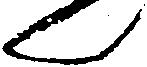
ん